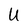
Character: U